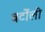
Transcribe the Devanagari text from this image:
बर्टोली